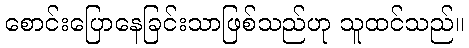
စောင်းပြောနေခြင်းသာဖြစ်သည်ဟု သူထင်သည်။